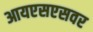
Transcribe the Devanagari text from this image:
आयएसएसवर